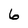
Character: 6